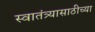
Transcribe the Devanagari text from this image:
स्वातंत्र्यासाठीच्या